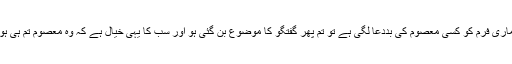
اب جب سے ایم ڈی نے یہ کہا ہے کہ ہماری فرم کو کسی معصوم کی بددعا لگی ہے تو تم پھر گفتگو کا موضوع بن گئی ہو اور سب کا یہی خیال ہے کہ وہ معصوم تم ہی ہو جس کے ساتھ فرم نے زیادتی کی تھی۔